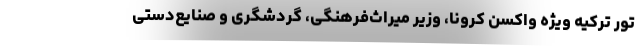
تور ترکیه ویژه واکسن کرونا، وزیر میراث‌فرهنگی، گردشگری و صنایع‌دستی